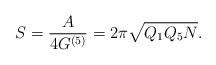
LaTeX: \begin{align*}S = \frac A{4G^{(5)}} = 2\pi\sqrt{Q_1Q_5N}. \end{align*}